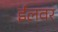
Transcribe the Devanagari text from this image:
ईलवर